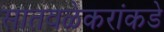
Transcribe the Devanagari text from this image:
सातवळेकरांकडे